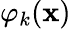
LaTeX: \varphi_{k}({\mathbf x})